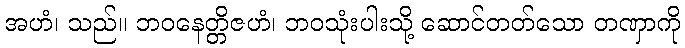
အဟံ၊ သည်။ ဘဝနေတ္တိဇဟံ၊ ဘဝသုံးပါးသို့ ဆောင်တတ်သော တဏှာကို